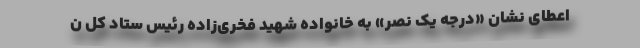
اعطای نشان «درجه یک نصر» به خانواده شهید فخری‌زاده رئیس ستاد کل ن